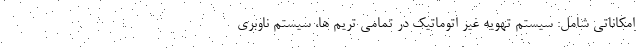
امکاناتی شامل: سیستم تهویه غیر اتوماتیک در تمامی تریم ها، سیستم ناوبری